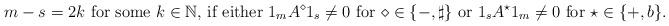
LaTeX: \begin{align*} m-s=2k \text{ for some $ k\in\mathbb N$, if either $1_mA^\diamond1_s\neq 0$ for $\diamond\in \{-,\sharp\}$ or $1_sA^{\star}1_m\neq 0$ for $\star\in \{+,b\}$.} \end{align*}